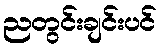
ညတွင်းချင်းပင်